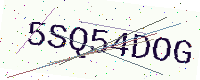
Text: 5SQ54DOG